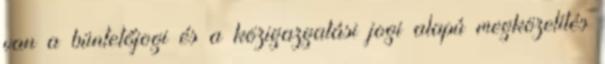
van a büntetőjogi és a közigazgatási jogi alapú megközelítés